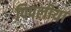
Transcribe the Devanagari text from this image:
पिपलीया